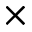
\times